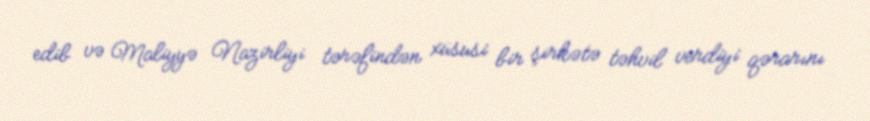
edib və Maliyyə Nazirliyi tərəfindən xüsusi bir şirkətə təhvil verdiyi qərarını